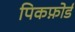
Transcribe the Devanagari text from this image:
पिकफ़ोर्ड